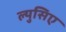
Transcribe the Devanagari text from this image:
ल्युसिए